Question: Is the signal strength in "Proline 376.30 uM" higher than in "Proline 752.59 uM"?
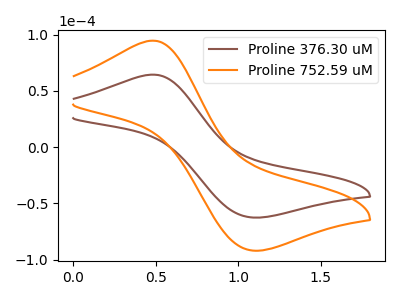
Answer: <think>The brown curve "Proline 376.30 uM" has an anodic peak at (0.50V, 64.35uA) and a cathodic peak at (1.10V, -62.60uA). The orange curve "Proline 752.59 uM" has an anodic peak at (0.50V, 94.55uA) and a cathodic peak at (1.10V, -92.00uA).
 All the peaks in "Proline 376.30 uM" have a peak in "Proline 752.59 uM" at the same potential. Every peak in "Proline 376.30 uM" is lower than every peak in "Proline 752.59 uM".</think>
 <answer>"Proline 376.30 uM" has less signal than "Proline 752.59 uM".</answer>
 <eval>less_signal</eval>